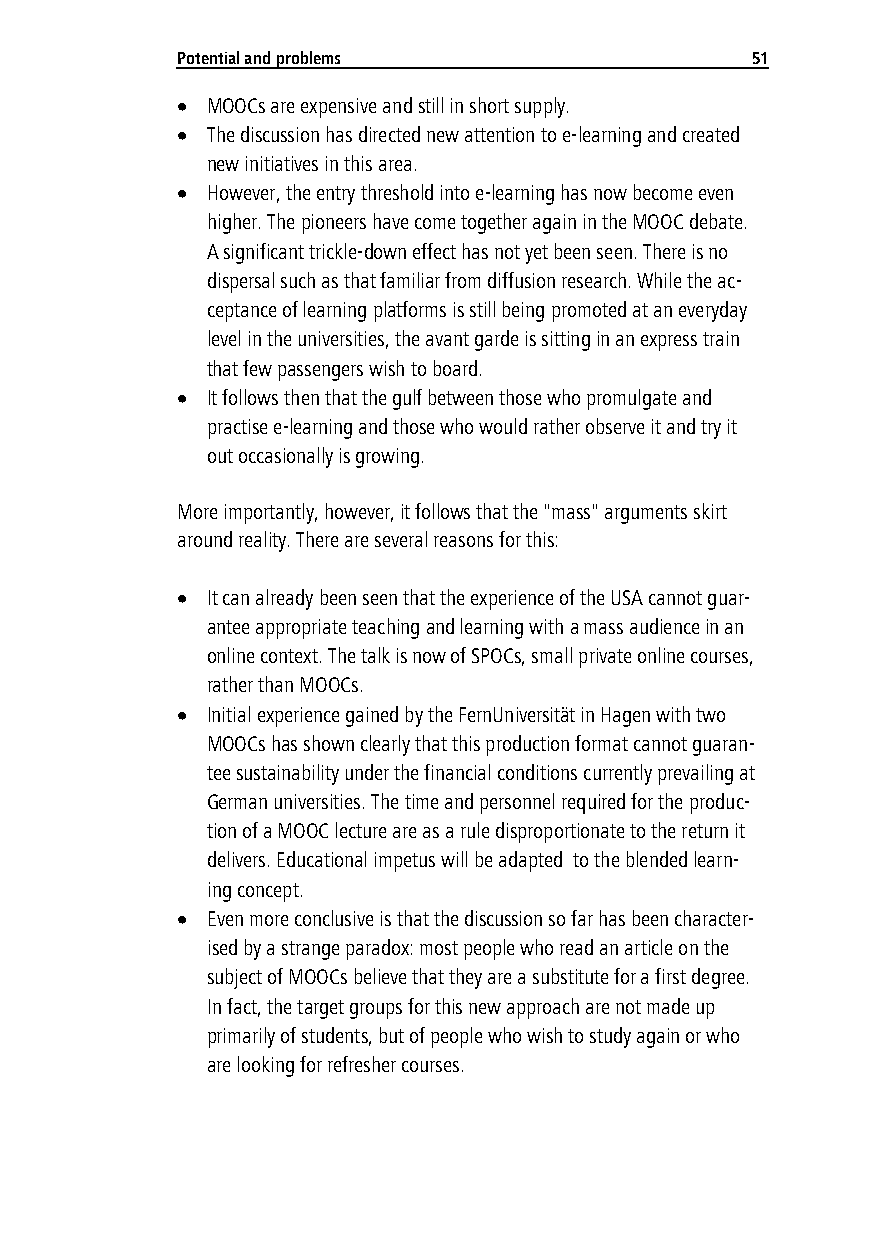
Poten tial and problems               51
  MOOCs are expensive and still in short supply.
  The discussion has directed new attention to e-learning and created
 new initiatives in this area.
  However, the entry threshold into e-learning has now become even
 higher. The pioneers have come together again in the MOOC debate.
 A significant trickle-down effect has not yet been seen. There is no
 dispersal such as that familiar from diffusion research. While the ac-
 ceptance of learning platforms is still being promoted at an everyday
 level in the universities, the avant garde is sitting in an express train
 that few passengers wish to board.
  It follows then that the gulf between those who promulgate and
 practise e-learning and those who would rather observe it and try it
 out occasionally is growing.
 More importantly, however, it follows that the "mass" arguments skirt
 around reality. There are several reasons for this:
  It can already been seen that the experience of the USA cannot guar-
 antee appropriate teaching and learning with a mass audience in an
 online context. The talk is now of SPOCs, small private online courses,
 rather than MOOCs.
  Initial experience gained by the FernUniversität in Hagen with two
 MOOCs has shown clearly that this production format cannot guaran-
 tee sustainability under the financial conditions currently prevailing at
 German universities. The time and personnel required for the produc-
 tion of a MOOC lecture are as a rule disproportionate to the return it
 delivers. Educational impetus will be adapted to the blended learn-
 ing concept.
  Even more conclusive is that the discussion so far has been character-
 ised by a strange paradox: most people who read an article on the
 subject of MOOCs believe that they are a substitute for a first degree.
 In fact, the target groups for this new approach are not made up
 primarily of students, but of people who wish to study again or who
 are looking for refresher courses.